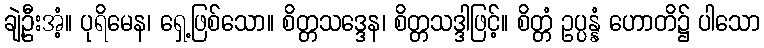
ချဲ့ဦးအံ့။ ပုရိမေန၊ ရှေ့ဖြစ်သော။ စိတ္တသဒ္ဒေန၊ စိတ္တသဒ္ဒါဖြင့်။ စိတ္တံ ဥပ္ပန္နံ ဟောတိ၌ ပါသော